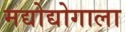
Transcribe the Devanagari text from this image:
मद्योद्योगाला